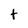
Character: t